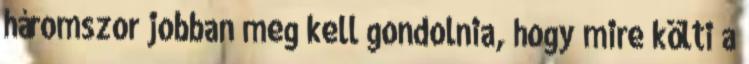
háromszor jobban meg kell gondolnia, hogy mire költi a